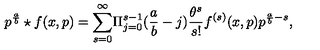
{ p ^ { \frac { a } { b } } \star f ( x , p ) } = { \sum _ { s = 0 } ^ { \infty } } { \Pi _ { j = 0 } ^ { s - 1 } } ( { \frac { a } { b } } - j ) { \frac { \theta ^ { s } } { s ! } } f ^ { ( s ) } ( x , p ) p ^ { \frac { a } { b } - s } ,